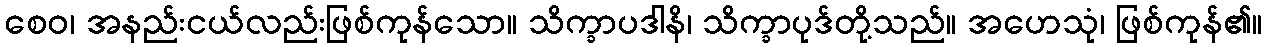
စေဝ၊ အနည်းငယ်လည်းဖြစ်ကုန်သော။ သိက္ခာပဒါနိ၊ သိက္ခာပုဒ်တို့သည်။ အဟေသုံ၊ ဖြစ်ကုန်၏။